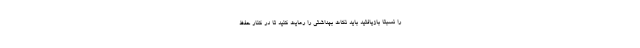
را نسبتا بازیافتید باید نکات بهداشتی را رعایت کنید تا در کنار حفظ